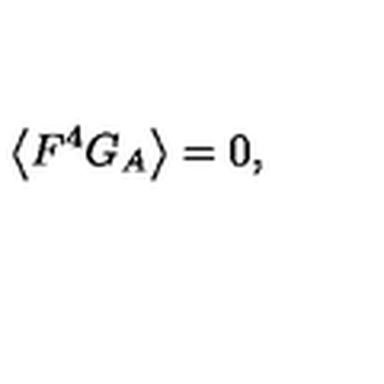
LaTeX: \left\langle F ^ { 4 } G _ { A } \right\rangle = 0 ,